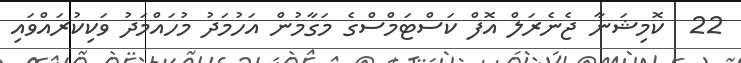
22  ކޮމިޝަނާ ޖެނެރަލް އޮފް ކަސްޓަމްސްގެ މަގާމުން އަހުމަދު މުހައްމަދު ވަކިކުރައްވައި